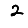
Digit: 2